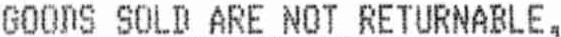
GOODS SOLD ARE NOT RETURNABLE,